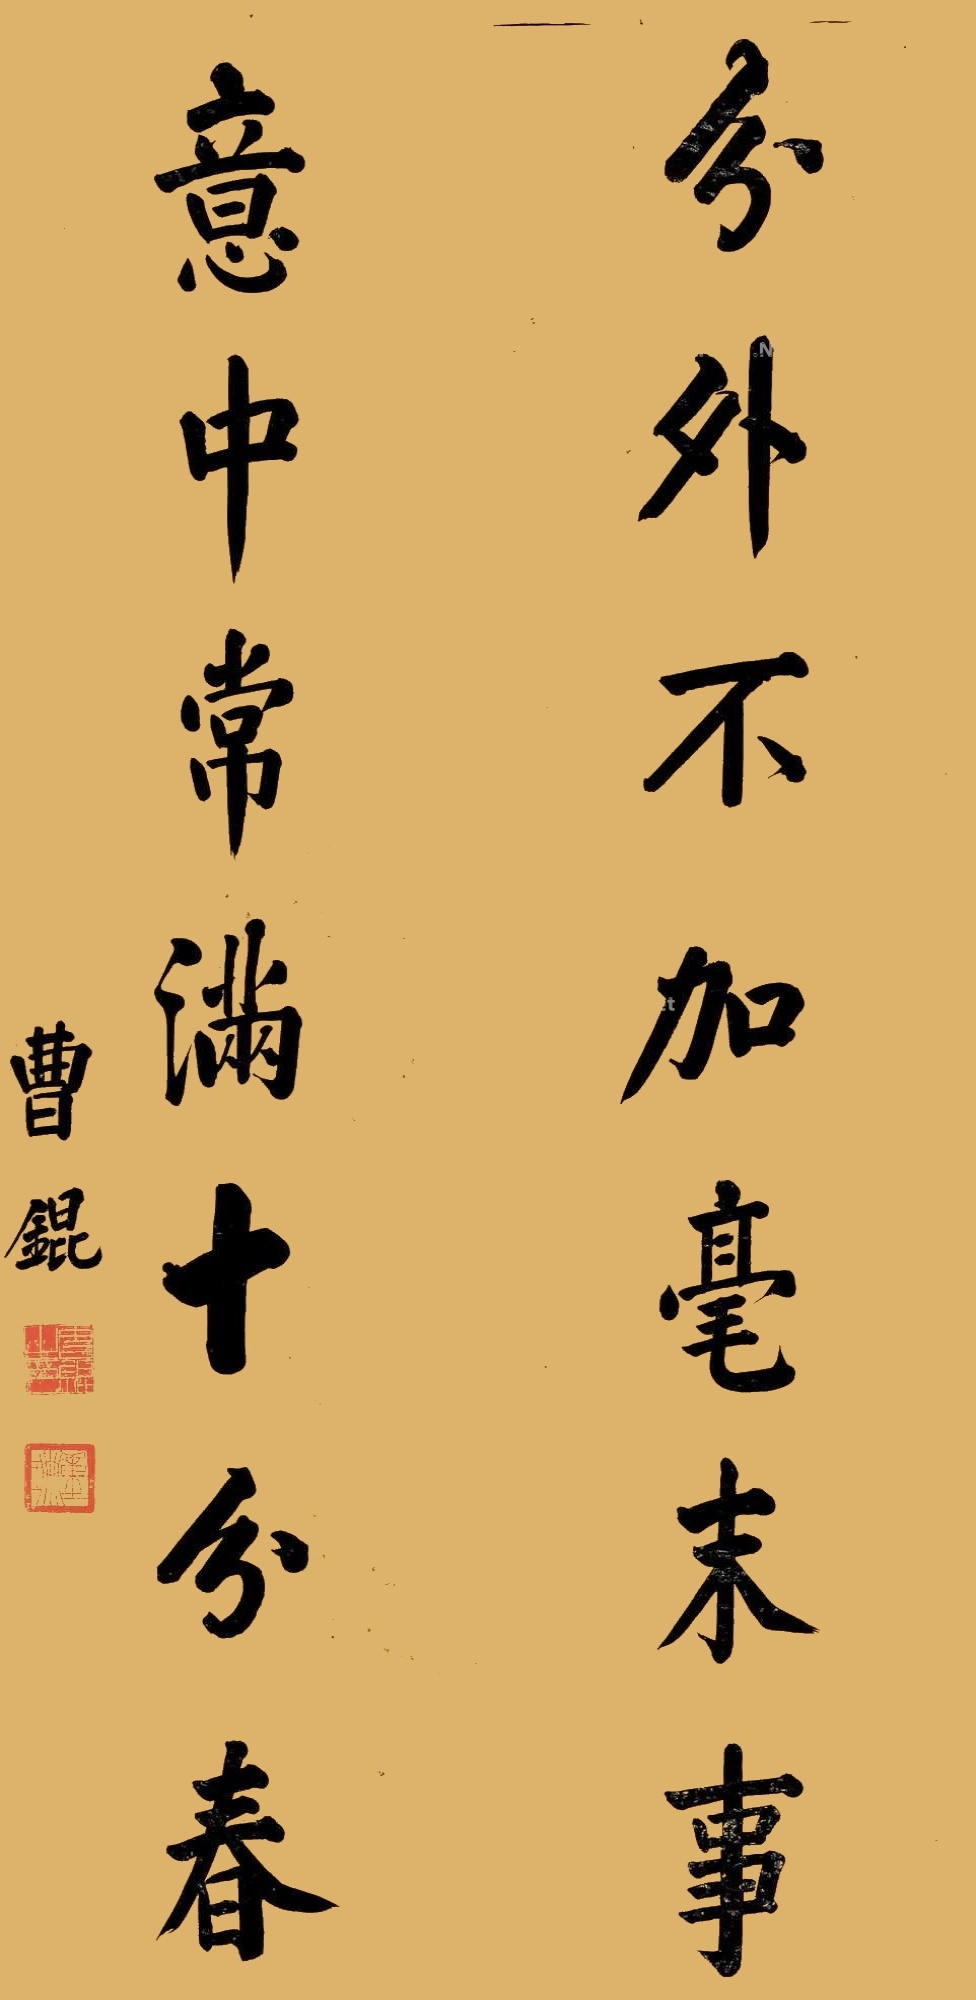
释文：分外不加毫末事，意中常满十分春。曹锟。